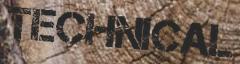
TECHNICAL